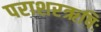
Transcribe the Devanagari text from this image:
पराशरऋषिः